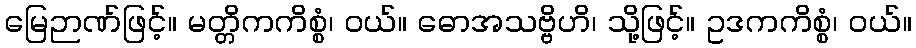
မြေဉာဏ်ဖြင့်။ မတ္တိကကိစ္စံ၊ ဝယ်။ ဓောအသဗ္ဗိဟိ၊ သို့ဖြင့်။ ဥဒကကိစ္စံ၊ ဝယ်။